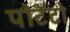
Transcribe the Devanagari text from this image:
पोटॅटो